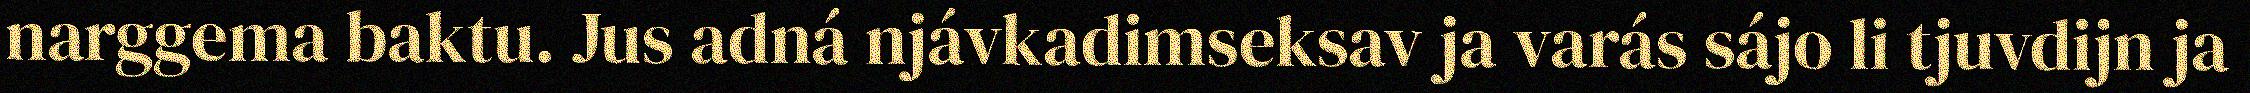
narggema baktu. Jus adná njávkadimseksav ja varás sájo li tjuvdijn ja